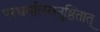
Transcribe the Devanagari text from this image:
परधर्मात्स्वनुष्ठितात्